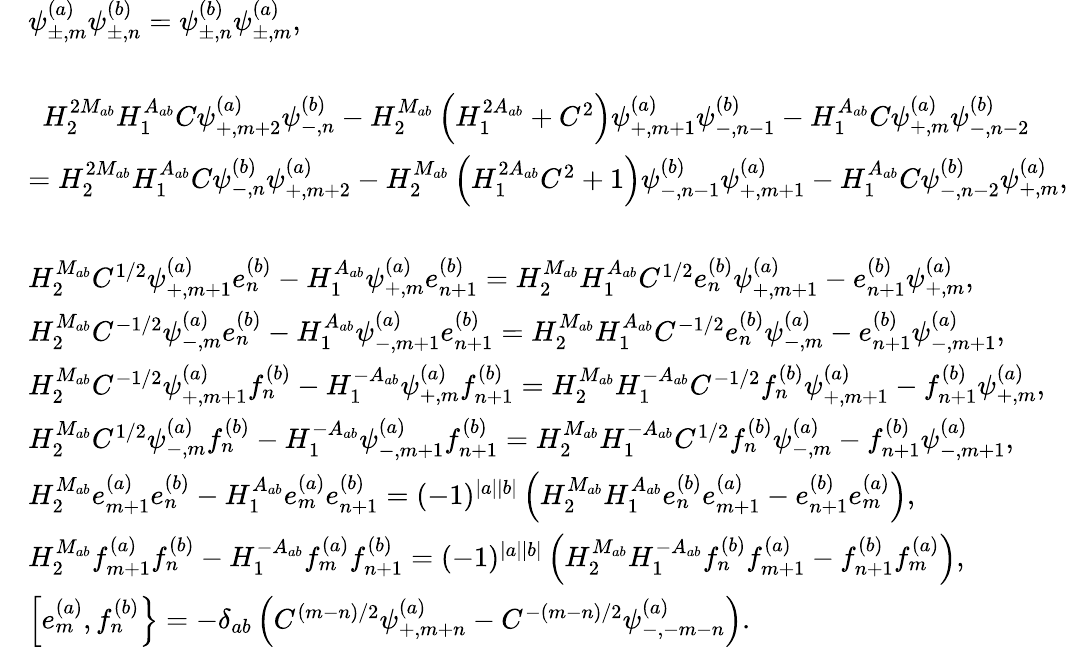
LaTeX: \begin{array}{rl}&{\psi_{\pm,m}^{(a)}\psi_{\pm,n}^{(b)}=\psi_{\pm,n}^{(b)}\psi_{\pm,m}^{(a)},}\\ &{}\\ &{~~H_{2}^{2M_{ab}}H_{1}^{A_{ab}}C\psi_{+,m+2}^{(a)}\psi_{-,n}^{(b)}-H_{2}^{M_{ab}}\left(H_{1}^{2A_{ab}}+C^{2}\right)\psi_{+,m+1}^{(a)}\psi_{-,n-1}^{(b)}-H_{1}^{A_{ab}}C\psi_{+,m}^{(a)}\psi_{-,n-2}^{(b)}}\\ &{=H_{2}^{2M_{ab}}H_{1}^{A_{ab}}C\psi_{-,n}^{(b)}\psi_{+,m+2}^{(a)}-H_{2}^{M_{ab}}\left(H_{1}^{2A_{ab}}C^{2}+1\right)\psi_{-,n-1}^{(b)}\psi_{+,m+1}^{(a)}-H_{1}^{A_{ab}}C\psi_{-,n-2}^{(b)}\psi_{+,m}^{(a)},}\\ &{}\\ &{H_{2}^{M_{ab}}C^{1/2}\psi_{+,m+1}^{(a)}e_{n}^{(b)}-H_{1}^{A_{ab}}\psi_{+,m}^{(a)}e_{n+1}^{(b)}=H_{2}^{M_{ab}}H_{1}^{A_{ab}}C^{1/2}e_{n}^{(b)}\psi_{+,m+1}^{(a)}-e_{n+1}^{(b)}\psi_{+,m}^{(a)},}\\ &{H_{2}^{M_{ab}}C^{-1/2}\psi_{-,m}^{(a)}e_{n}^{(b)}-H_{1}^{A_{ab}}\psi_{-,m+1}^{(a)}e_{n+1}^{(b)}=H_{2}^{M_{ab}}H_{1}^{A_{ab}}C^{-1/2}e_{n}^{(b)}\psi_{-,m}^{(a)}-e_{n+1}^{(b)}\psi_{-,m+1}^{(a)},}\\ &{H_{2}^{M_{ab}}C^{-1/2}\psi_{+,m+1}^{(a)}f_{n}^{(b)}-H_{1}^{-A_{ab}}\psi_{+,m}^{(a)}f_{n+1}^{(b)}=H_{2}^{M_{ab}}H_{1}^{-A_{ab}}C^{-1/2}f_{n}^{(b)}\psi_{+,m+1}^{(a)}-f_{n+1}^{(b)}\psi_{+,m}^{(a)},}\\ &{H_{2}^{M_{ab}}C^{1/2}\psi_{-,m}^{(a)}f_{n}^{(b)}-H_{1}^{-A_{ab}}\psi_{-,m+1}^{(a)}f_{n+1}^{(b)}=H_{2}^{M_{ab}}H_{1}^{-A_{ab}}C^{1/2}f_{n}^{(b)}\psi_{-,m}^{(a)}-f_{n+1}^{(b)}\psi_{-,m+1}^{(a)},}\\ &{H_{2}^{M_{ab}}e_{m+1}^{(a)}e_{n}^{(b)}-H_{1}^{A_{ab}}e_{m}^{(a)}e_{n+1}^{(b)}=(-1)^{|a||b|}\left(H_{2}^{M_{ab}}H_{1}^{A_{ab}}e_{n}^{(b)}e_{m+1}^{(a)}-e_{n+1}^{(b)}e_{m}^{(a)}\right),}\\ &{H_{2}^{M_{ab}}f_{m+1}^{(a)}f_{n}^{(b)}-H_{1}^{-A_{ab}}f_{m}^{(a)}f_{n+1}^{(b)}=(-1)^{|a||b|}\left(H_{2}^{M_{ab}}H_{1}^{-A_{ab}}f_{n}^{(b)}f_{m+1}^{(a)}-f_{n+1}^{(b)}f_{m}^{(a)}\right),}\\ &{\left[e_{m}^{(a)},f_{n}^{(b)}\right\} =-\delta_{ab}\left(C^{(m-n)/2}\psi_{+,m+n}^{(a)}-C^{-(m-n)/2}\psi_{-,-m-n}^{(a)}\right).}\end{array}